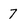
Character: 7